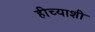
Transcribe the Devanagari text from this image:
हीच्याशी